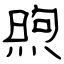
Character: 煦